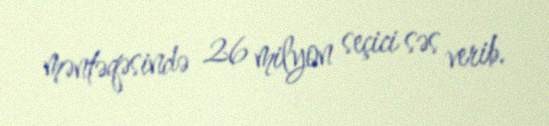
məntəqəsində 26 milyon seçici səs verib.